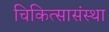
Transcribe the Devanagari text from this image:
चिकित्सासंस्था